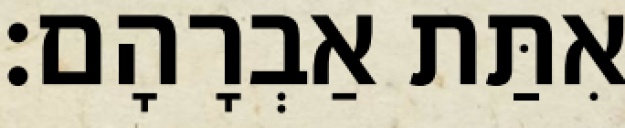
אִתַּת אַבְרָהָם׃